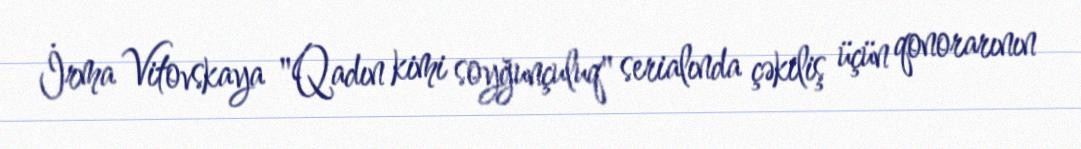
İrma Vitovskaya "Qadın kimi soyğunçuluq" serialında çəkiliş üçün qonorarının